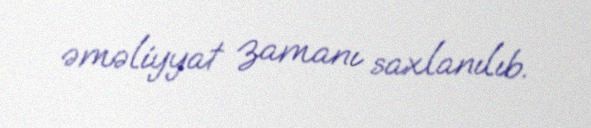
əməliyyat zamanı saxlanılıb.